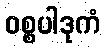
ဝစ္စပါဒုကံ